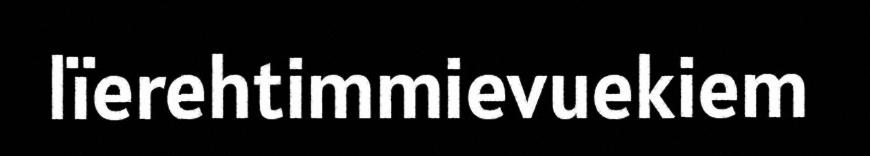
lïerehtimmievuekiem